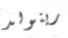
رينولد